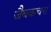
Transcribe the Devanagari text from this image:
जैवकचरा